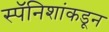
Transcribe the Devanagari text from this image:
स्पॅनिशांकडून